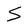
Character: S